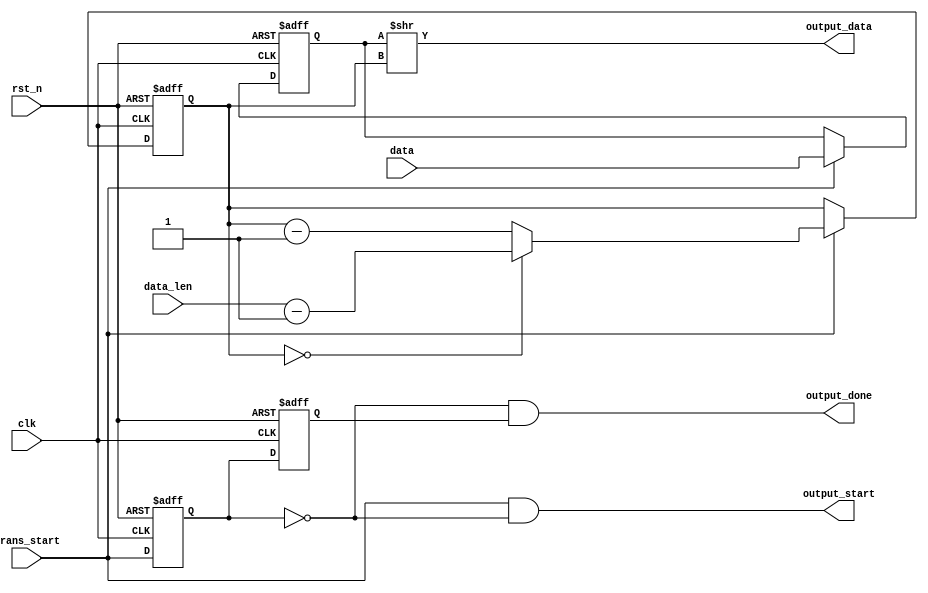
module para2ser(
  input       clk,
  input       rst_n,
  input       trans_start,   // indicate tansform begin, level signal
  input [8:0] data,          // signal:0-9   max coding length:9
  input [3:0] data_len,      // 9 - 1
  output wire output_data,    // MSB first
  output wire output_start,
  output wire output_done
  );

  reg [3:0] data_cnt;
  reg [8:0] data_reg;

  always @(posedge clk or negedge rst_n) begin
    if(~rst_n) begin
      data_cnt  <=  4'b0;
      data_reg  <=  9'b0;
    end
    else if(trans_start) begin
      data_cnt  <=  (data_cnt == 4'b0) ? data_len-1 : data_cnt-1;
      data_reg  <=  data;
    end
  end

  reg trans_start_q1;
  reg trans_start_q2;
  always @(posedge clk or negedge rst_n) begin
    if (~rst_n) begin
      trans_start_q1  <=  1'b0;
      trans_start_q2  <=  1'b0;
    end
    else begin
      trans_start_q1  <=  trans_start;
      trans_start_q2  <=  trans_start_q1;
    end
  end

  assign output_start = trans_start & ~trans_start_q1;
  assign output_done = ~trans_start_q1 & trans_start_q2;
  assign output_data = (data_reg >> data_cnt) & 1'b1;

endmodule